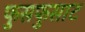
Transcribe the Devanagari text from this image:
फुसफुसाट